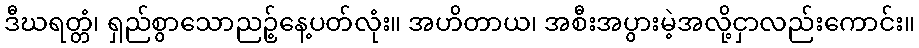
ဒီဃရတ္တံ၊ ရှည်စွာသောညဉ့်နေ့ပတ်လုံး။ အဟိတာယ၊ အစီးအပွားမဲ့အလို့ငှာလည်းကောင်း။